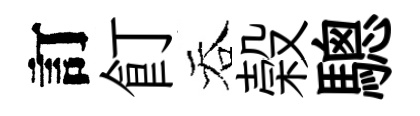
訂飣吞榖驄